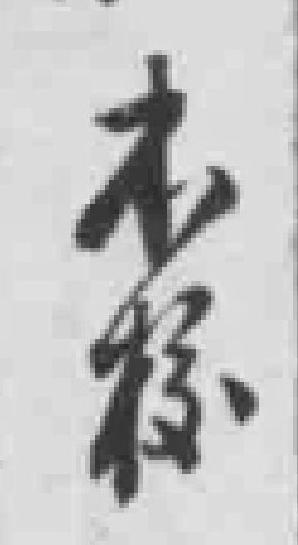
本校